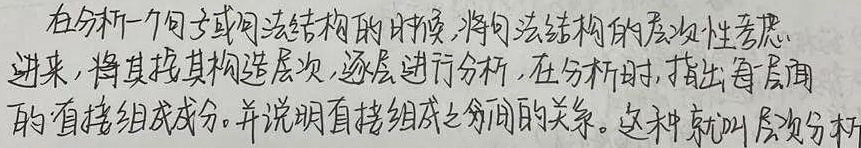
在分析一个句子或句法结构的时候，将句法结构的层次性考虑进来，将其按其构造层次，逐层进行分析，在分析时，指出每层面的直接组成成分，并说明直接组成成分间的关系。这种就叫层次分析